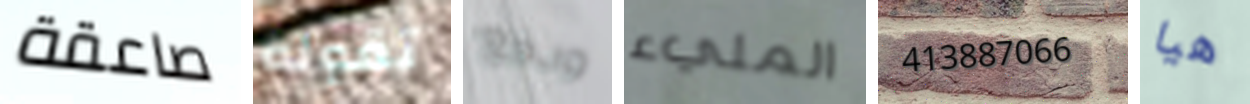
صاعقة تقولة ودفع المليء 413887066 هيا